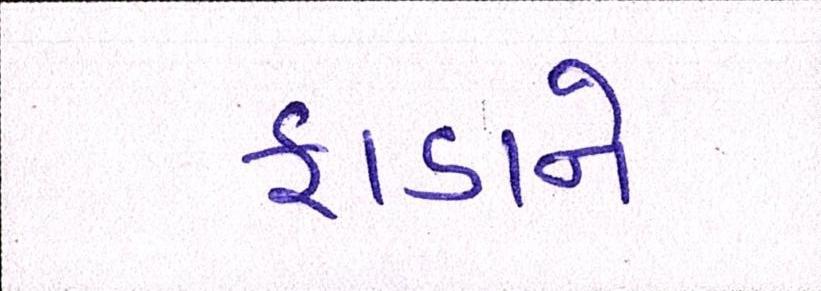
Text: ફાડાને